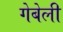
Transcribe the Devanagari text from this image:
गेबेली